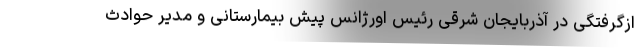
ازگرفتگی در آذربایجان شرقی رئیس اورژانس پیش بیمارستانی و مدیر حوادث